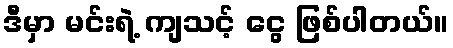
ဒီမှာ မင်းရဲ့ ကျသင့် ငွေ ဖြစ်ပါတယ်။